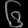
Digit: ၆